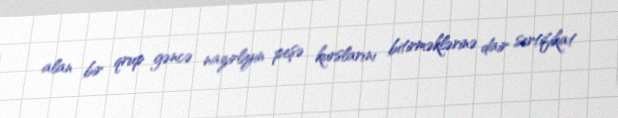
alan bir qrup gəncə nazirliyin peşə kurslarını bitirməklərinə dair sertifikat